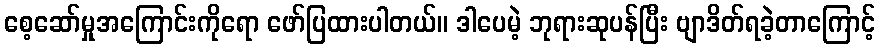
စေ့ဆော်မှုအကြောင်းကိုရော ဖော်ပြထားပါတယ်။ ဒါပေမဲ့ ဘုရားဆုပန်ပြီး ဗျာဒိတ်ရခဲ့တာကြောင့်